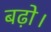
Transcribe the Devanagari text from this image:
बढ़ो।